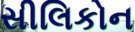
સીલિકોન